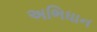
અભિધાન